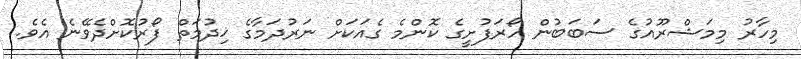
މިހާރު މިމަޝްރޫއުގެ ސަބަބުން ހޯރަފުށީގެ ކޮންމެ ގެއަކަށް ނަރުދަމާގެ ޚިދުމަތް ފޯރުކޮށްދެވޭނެ އެވެ.